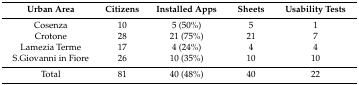
| Urban Area | Citizens | Installed Apps | Sheets | Usability Tests |
 | --- | --- | --- | --- | --- |
 | Cosenza | 10 | 5 (50%) | 5 | 1 |
 | Crotone | 28 | 21 (75%) | 21 | 7 |
 | Lamezia Terme | 17 | 4 (24%) | 4 | 4 |
 | S.Giovanni in Fiore | 26 | 10 (35%) | 10 | 10 |
 | Total | 81 | 40 (48%) | 40 | 22 |